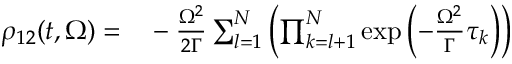
\begin{array} { r l } { \rho _ { 1 2 } ( t , \Omega ) = } & { { } - \frac { \Omega ^ { 2 } } { 2 \Gamma } \sum _ { l = 1 } ^ { N } \left( \prod _ { k = l + 1 } ^ { N } \exp \left( - \frac { \Omega ^ { 2 } } { \Gamma } \tau _ { k } \right) \right) } \end{array}